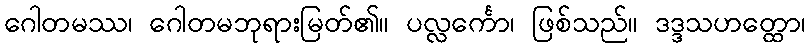
ဂေါတမဿ၊ ဂေါတမဘုရားမြတ်၏။ ပလ္လင်္ကော၊ ဖြစ်သည်။ ဒဒ္ဒသဟတ္ထော၊